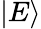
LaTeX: \vert E\rangle